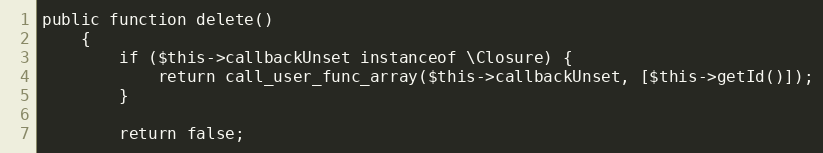
Language: PHP
public function delete()
    {
        if ($this->callbackUnset instanceof \Closure) {
            return call_user_func_array($this->callbackUnset, [$this->getId()]);
        }

        return false;